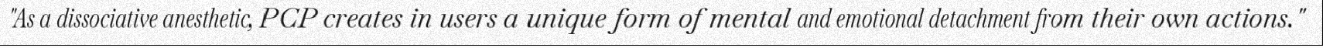
"As a dissociative anesthetic, PCP creates in users a unique form of mental and emotional detachment from their own actions."